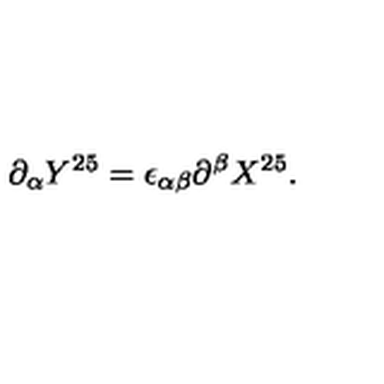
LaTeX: \partial _ { \alpha } Y ^ { 2 5 } = \epsilon _ { \alpha \beta } \partial ^ { \beta } X ^ { 2 5 } .